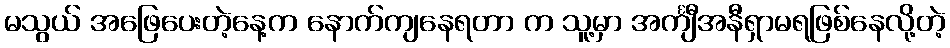
မသွယ် အဖြေပေးတဲ့နေ့က နောက်ကျနေရတာ က သူ့မှာ အင်္ကျီအနီရှာမရဖြစ်နေလို့တဲ့